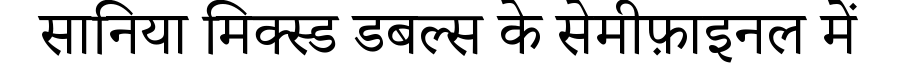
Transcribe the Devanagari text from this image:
सानिया मिक्स्ड डबल्स के सेमीफ़ाइनल में